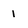
Character: i